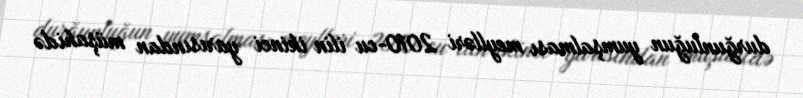
durğunluğun yumşalması meylləri 2010-cu ilin ikinci yarısından müşahidə